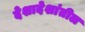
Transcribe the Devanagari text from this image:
देशादेशांतील